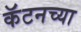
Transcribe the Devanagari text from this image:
कॅटनच्या